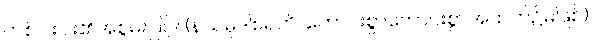
တစ်ပါးပါး၏အစွမ်းဖြင့်။ (နသမုဒါစရတိ၊ ကောင်းစွာကောင်းစွာအထက်၌မဖြစ်)